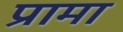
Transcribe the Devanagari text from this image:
प्रामा